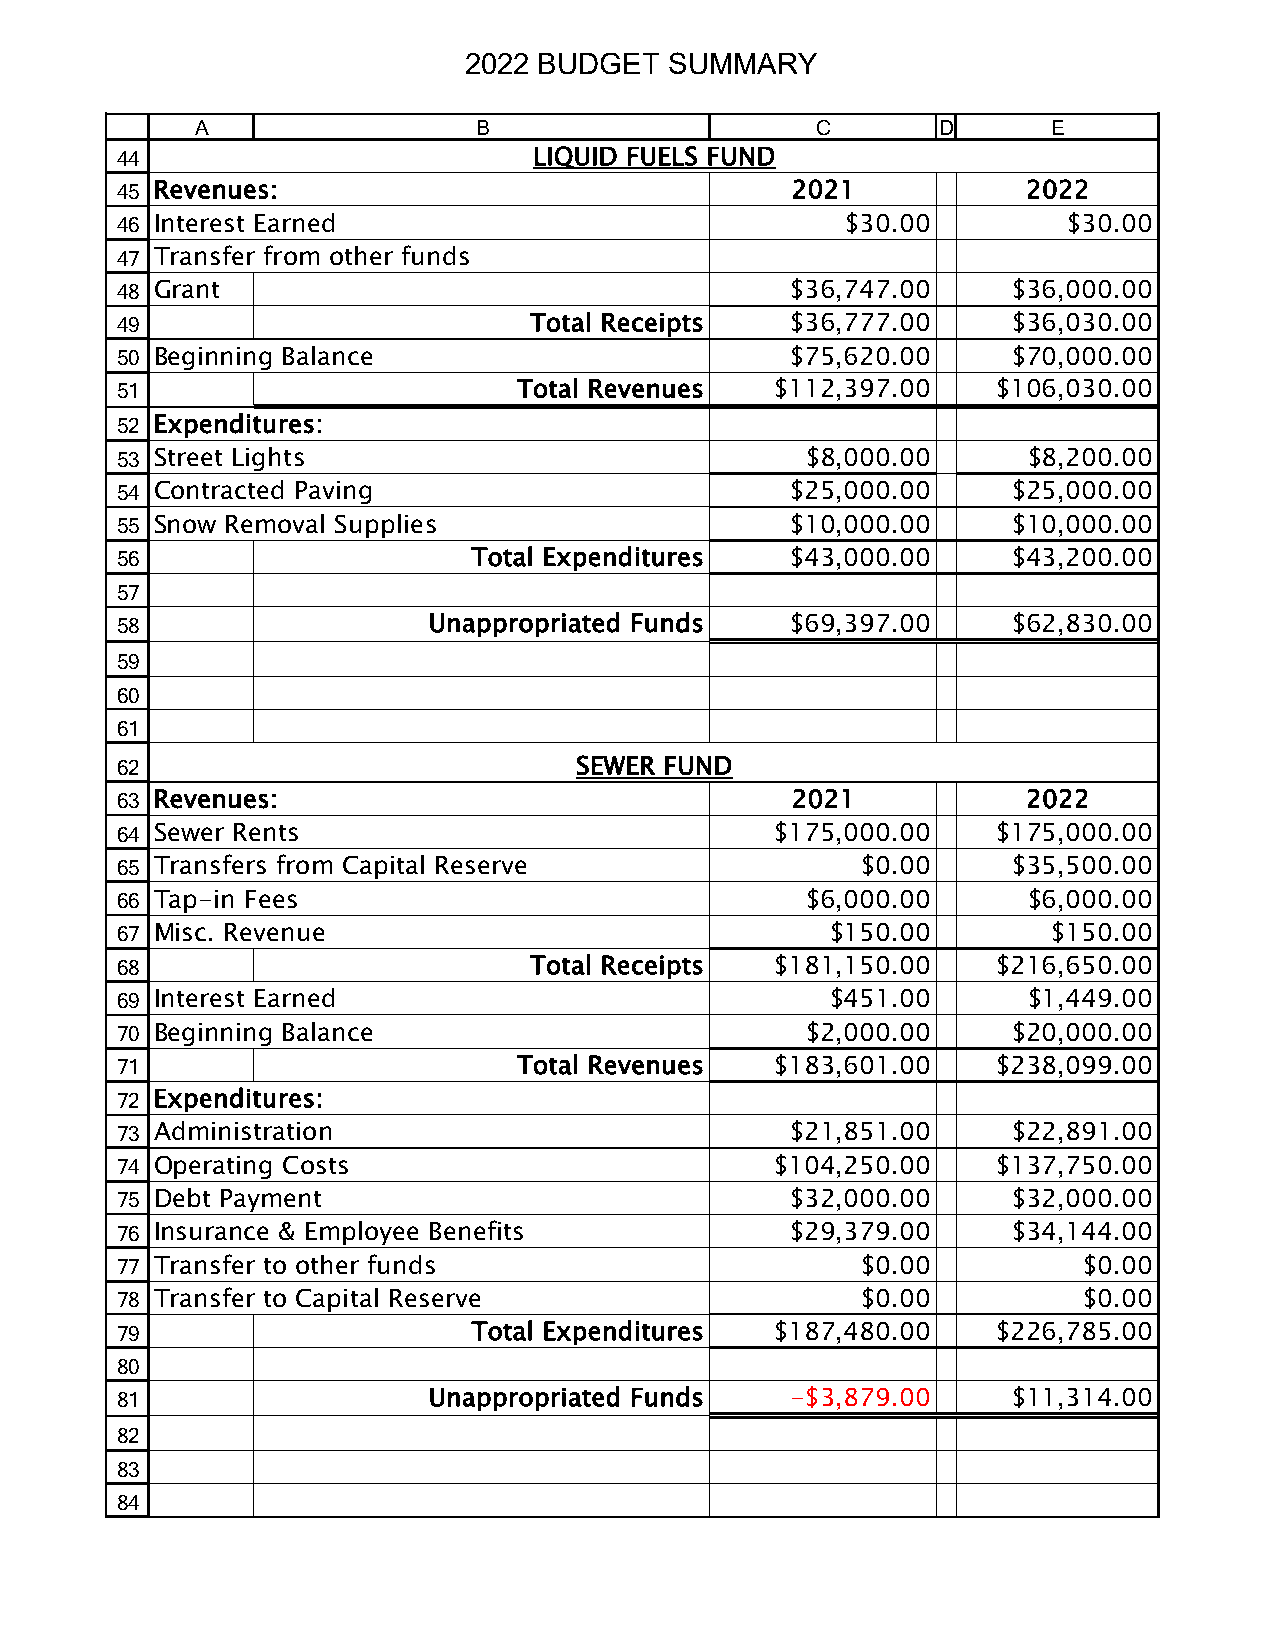
2022 BUDGET   SUMMARY
 A                 B                      C       D      E
 44                          LIQUID FUELS FUND
 45 Revenues:                                 2021            2022
 46 Interest Earned                               $30.00        $30.00
 47 Transfer from other funds
 48 Grant                                     $36,747.00     $36,000.00
 49                          Total Receipts   $36,777.00     $36,030.00
 50 Beginning Balance                         $75,620.00     $70,000.00
 51                         Total Revenues   $112,397.00   $106,030.00
 52 Expenditures:
 53 Street Lights                              $8,000.00      $8,200.00
 54 Contracted Paving                         $25,000.00     $25,000.00
 55 Snow Removal Supplies                     $10,000.00     $10,000.00
 56                      Total Expenditures   $43,000.00     $43,200.00
 57
 58                   Unappropriated Funds    $69,397.00     $62,830.00
 59
 60
 61
 62                             SEWER FUND
 63 Revenues:                                 2021            2022
 64 Sewer Rents                              $175,000.00   $175,000.00
 65 Transfers from Capital Reserve                 $0.00     $35,500.00
 66 Tap-in Fees                                $6,000.00      $6,000.00
 67 Misc. Revenue                               $150.00        $150.00
 68                          Total Receipts  $181,150.00   $216,650.00
 69 Interest Earned                             $451.00       $1,449.00
 70 Beginning Balance                          $2,000.00     $20,000.00
 71                         Total Revenues   $183,601.00   $238,099.00
 72 Expenditures:
 73 Administration                            $21,851.00     $22,891.00
 74 Operating Costs                          $104,250.00   $137,750.00
 75 Debt Payment                              $32,000.00     $32,000.00
 76 Insurance & Employee Benefits             $29,379.00     $34,144.00
 77 Transfer to other funds                        $0.00         $0.00
 78 Transfer to Capital Reserve                    $0.00         $0.00
 79                      Total Expenditures  $187,480.00   $226,785.00
 80
 81                   Unappropriated Funds    -$3,879.00     $11,314.00
 82
 83
 84